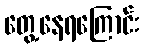
တွေ့နေရကြောင်း